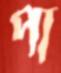
পা